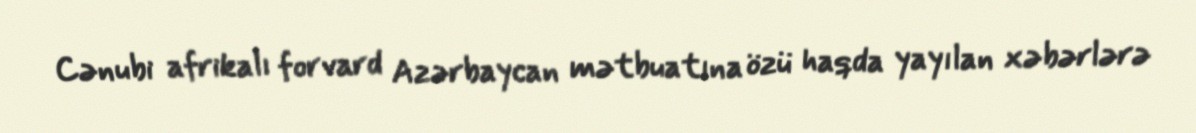
Cənubi afrikalı forvard Azərbaycan mətbuatına özü haqda yayılan xəbərlərə